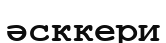
әсккери